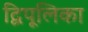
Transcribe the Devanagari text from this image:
द्विपूलिका